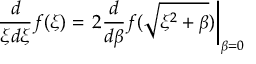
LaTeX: { \frac { d } { \xi d \xi } } f ( \xi ) = \left. 2 { \frac { d } { d \beta } } f ( \sqrt { \xi ^ { 2 } + \beta } ) \right| _ { \beta = 0 }